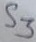
Text: S3